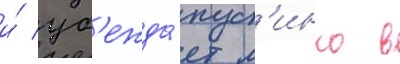
и́ уб'ежда́ет м'инко в